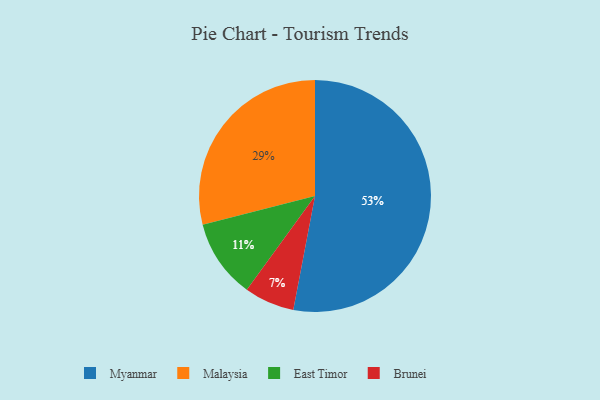
{"axis": {"x": "Category", "y": "Percentage"}, "legend": ["Brunei", "East Timor", "Malaysia", "Myanmar"], "data": [{"x": "Brunei", "y": 7, "type": "Brunei"}, {"x": "Malaysia", "y": 29, "type": "Malaysia"}, {"x": "Myanmar", "y": 53, "type": "Myanmar"}, {"x": "East Timor", "y": 11, "type": "East Timor"}]}